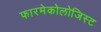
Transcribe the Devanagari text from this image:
फारमेकोलोजिस्ट